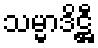
သမ္မာဒိဋ္ဌီ